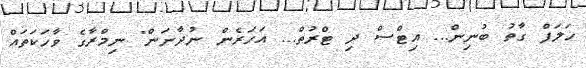
ހަލަފް ގާތު ބުނިން... އިޓްސް ދި ޓްރުތް... އަހަރެން ނުދާނަން" ނިމްރާގެ ވާހަކަތައް